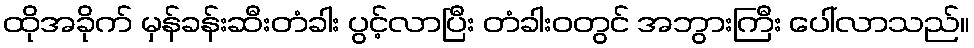
ထိုအခိုက် မှန်ခန်းဆီးတံခါး ပွင့်လာပြီး တံခါးဝတွင် အဘွားကြီး ပေါ်လာသည်။